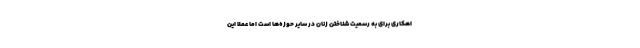
اهکاری برای به رسمیت شناختن زنان در سایر حوزه‌ها است اما عملا این